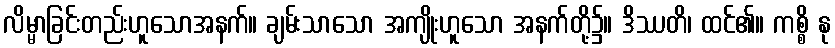
လိမ္မာခြင်းတည်းဟူသောအနက်။ ချမ်းသာသော အကျိုးဟူသော အနက်တို့၌။ ဒိဿတိ၊ ထင်၏။ ကစ္စိ နု